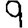
Digit: 9